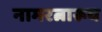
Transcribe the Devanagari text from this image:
नामरत्नारूय